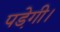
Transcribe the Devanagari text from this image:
पडे़गी।